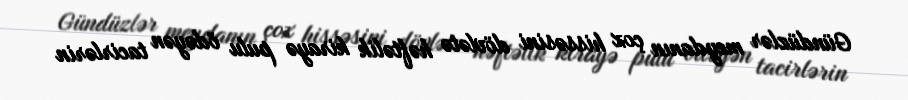
Gündüzlər meydanın çox hissəsini dövlətə həftəlik kirayə pulu ödəyən tacirlərin